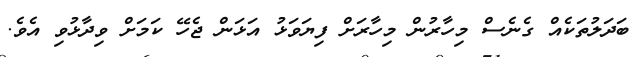
ބަދަލުތަކެއް ގެނެސް މިހާރުން މިހާރަށް ފިޔަވަޅު އަޅަން ޖެހޭ ކަމަށް ވިދާޅުވި އެވެ.